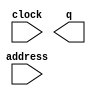
module one_new2 (
	address,
	clock,
	q);

	input	[9:0]  address;
	input	  clock;
	output	[11:0]  q;
`ifndef ALTERA_RESERVED_QIS
// synopsys translate_off
`endif
	tri1	  clock;
`ifndef ALTERA_RESERVED_QIS
// synopsys translate_on
`endif

endmodule